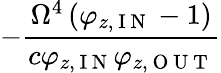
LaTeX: -\frac{\Omega^{4}\left(\varphi_{z,\mathrm{~I~N~}}-1\right)}{c\varphi_{z,\mathrm{~I~N~}}\varphi_{z,\mathrm{~O~U~T~}}}